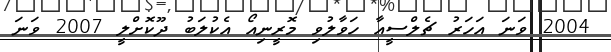
2004 ވަނަ އަހަރު ޗެލްސީއާ ހަވާލުވި މޮރީނިއޯ އެކުލަބު ދޫކޮށްލީ 2007 ވަނަ